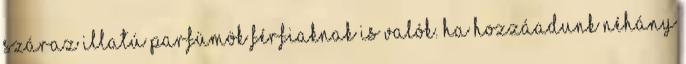
száraz illatú parfümök férfiaknak is valók. Ha hozzáadunk néhány